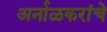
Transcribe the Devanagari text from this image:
अर्नाळकरांचे